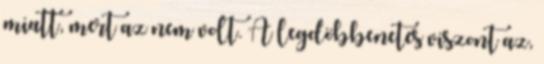
miatt, mert az nem volt. A legdöbbenetes viszont az,